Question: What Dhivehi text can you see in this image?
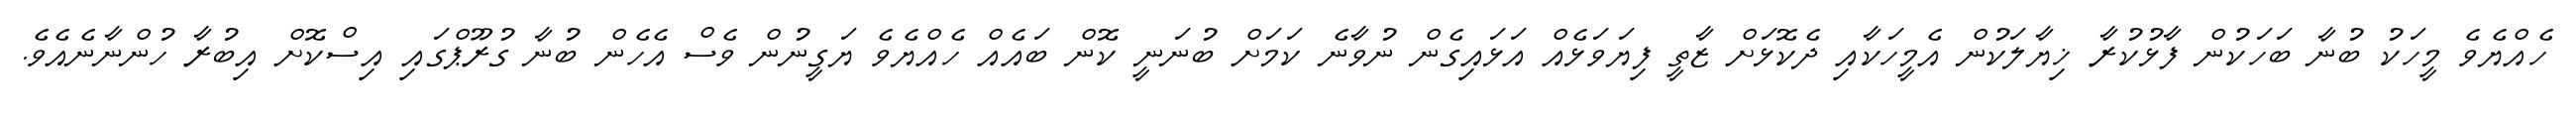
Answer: ހެއްޔެވެ މީހަކު ބުނާ ބަހަކުން ފާޅުކުރާ ޚިޔާލަކުން އެމީހަކާއި ދެކޮޅަށް ޒާތީ ފިޔަވަޅެއް އަޅައިގެން ނުވާނެ ކަމަށް ބުނަނީ ކޮން ބައެއް ހެއްޔެވެ ޔަގީނުން ވެސް އެހެން ބުނާ ގުރޫޕްގައި އިސްކޮށް އިބުރާ ހުންނާނެއެވެ.